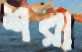
শরা